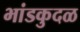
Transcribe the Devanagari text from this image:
भांडकुदळ